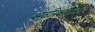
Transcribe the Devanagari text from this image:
अंतरिक्षलोक